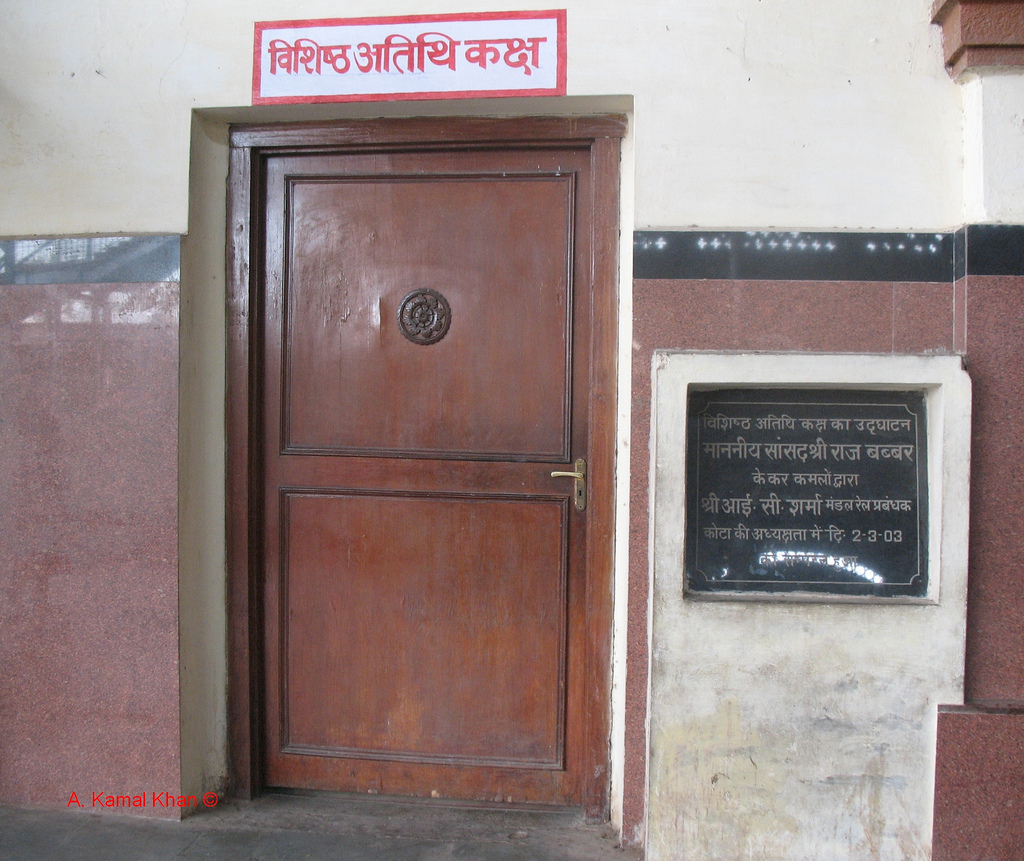
Language: hindi
Transcription: प्रबंधक रेल सी. श्री अतिथी कक्ष विशिष्ठ की कोटा शर्मा द्वारा कमलों के बब्बर राज सांसद माननीय उद्घघाटन विशिष्ठ कक्ष का मंडल अतिथि अध्यक्षता श्री कर